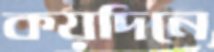
কয়দিনে